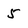
Character: 5